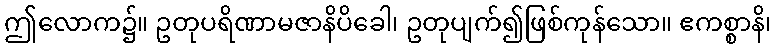
ဤလောက၌။ ဥတုပရိဏာမဇာနိပိခေါ၊ ဥတုပျက်၍ဖြစ်ကုန်သော။ ဧကစ္စာနိ၊